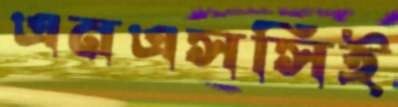
এনএসসিই